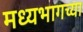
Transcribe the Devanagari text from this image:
मध्‍यभागच्या